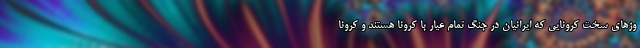
وز‌های سخت کرونایی که ایرانیان در جنگ تمام عیار با کرونا هستند و کرونا